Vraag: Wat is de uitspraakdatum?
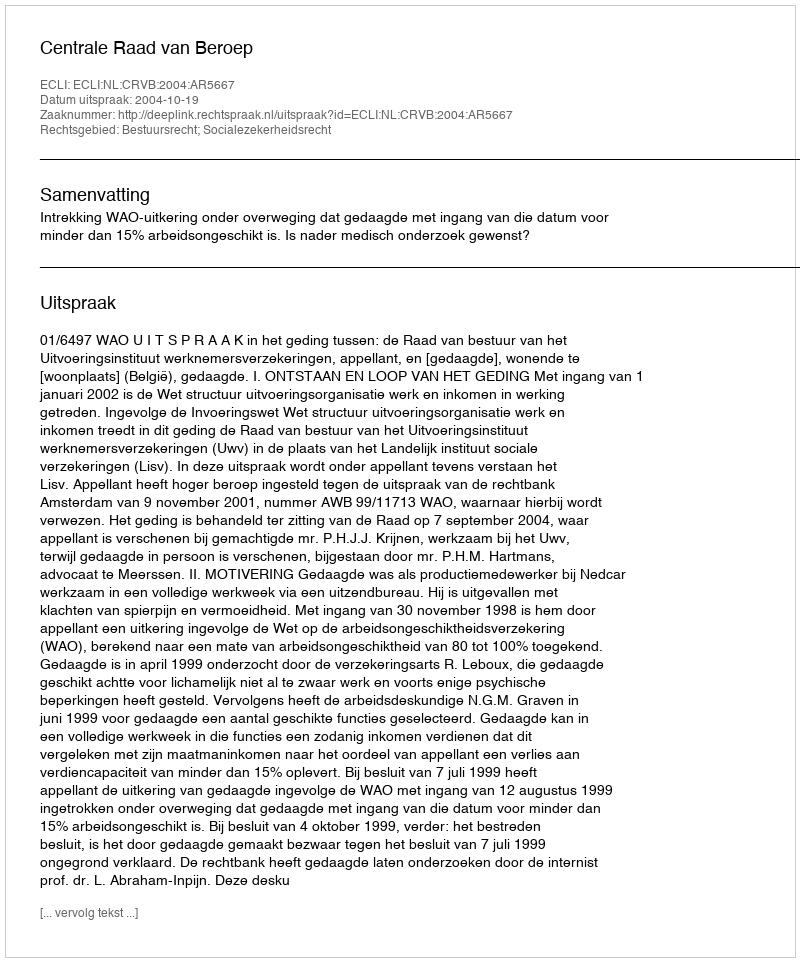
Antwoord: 2004-10-19